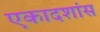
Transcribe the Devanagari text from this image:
एकादशांस